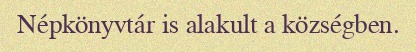
Népkönyvtár is alakult a községben.